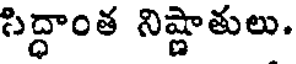
సిద్ధాంత నిష్ణాతులు.